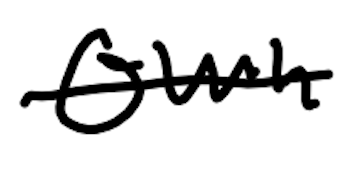
Text: own
Cross-out: single-line
Writing tool: digital_black